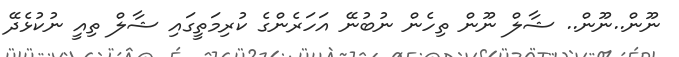
ނޫން..ނޫން.. ޝާލް ނޫން ތިހެން ނުބުނޭ އަހަރެންގެ ކުރިމަތީގައި ޝާލް ތިއީ ނުކުޅެދޭ